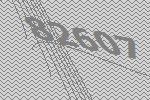
82607